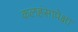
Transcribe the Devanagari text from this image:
कलहंसापेक्षा